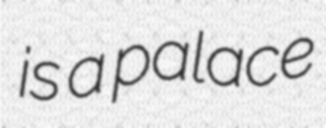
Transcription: is a palace